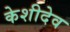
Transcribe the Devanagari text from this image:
केशीदेव